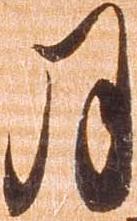
月